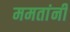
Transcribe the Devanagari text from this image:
ममतांनी